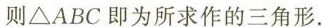
则△ABC即为所求作的三角形.